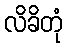
လိခိတုံ